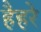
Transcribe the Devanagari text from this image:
हैहरे